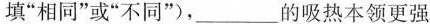
填”相同”或”不同”)，___的吸热本领更强